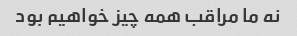
نه ما مراقب همه چیز خواهیم بود